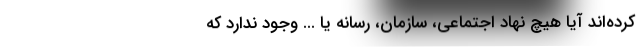
کرده‌اند آیا هیچ نهاد اجتماعی، سازمان، رسانه یا ... وجود ندارد که